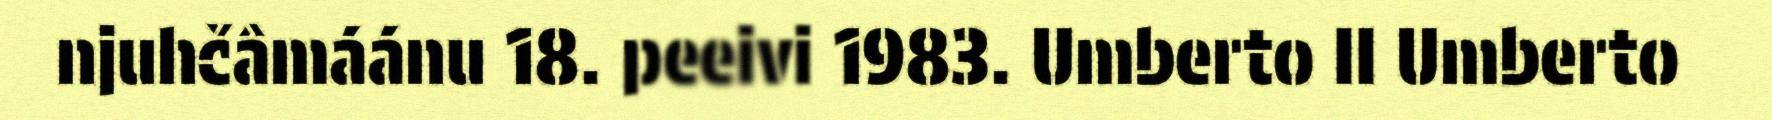
njuhčâmáánu 18. peeivi 1983. Umberto II Umberto